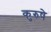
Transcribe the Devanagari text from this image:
कुरुषे